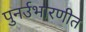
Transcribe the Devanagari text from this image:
पुनर्उभारणीत